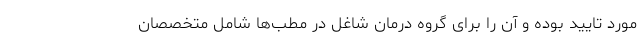
مورد تایید بوده و آن را برای گروه درمان شاغل در مطب‌ها شامل متخصصان